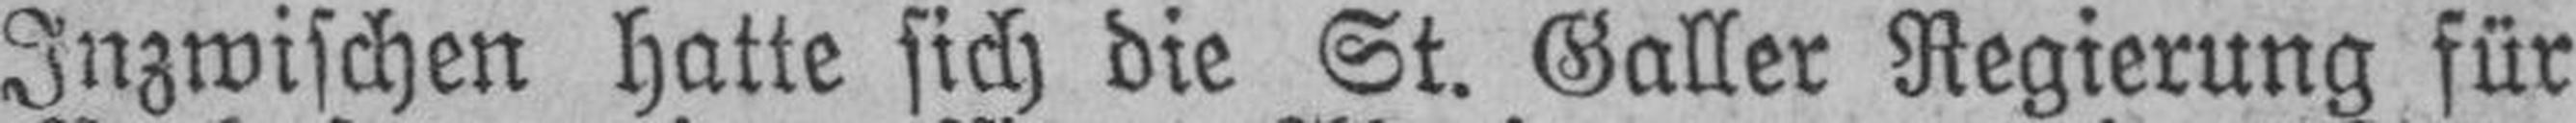
Inzwischen hatte sich die St. Galler Regierung für